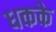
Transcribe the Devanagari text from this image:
धकके